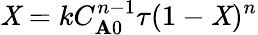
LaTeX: \mathit{X}=kC_{\mathbf{A}0}^{n-1}\tau(1-\mathit{X})^{n}